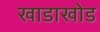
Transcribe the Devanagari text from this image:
खाडाखोड